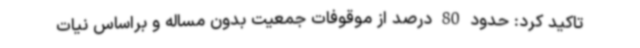
تاکید کرد: حدود 80 درصد از موقوفات جمعیت بدون مساله و براساس نیات